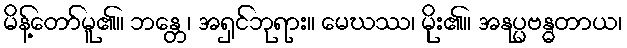
မိန့်တော်မူ၏။ ဘန္တေ၊ အရှင်ဘုရား။ မေဃဿ၊ မိုး၏။ အနုပ္ပဗန္ဓတာယ၊